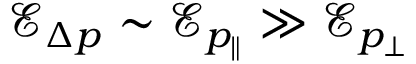
\mathcal { E } _ { \Delta p } \sim \mathcal { E } _ { p _ { \| } } \gg \mathcal { E } _ { p _ { \perp } }